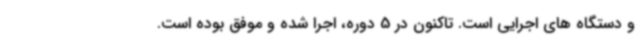
و دستگاه های اجرایی است. تاکنون در 5 دوره، اجرا شده و موفق بوده است.